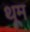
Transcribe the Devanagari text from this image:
थूम